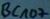
Text: Bc107